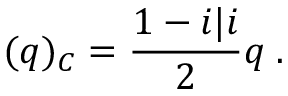
( q ) _ { \cal C } = \frac { 1 - i \vert i } { 2 } q \; .